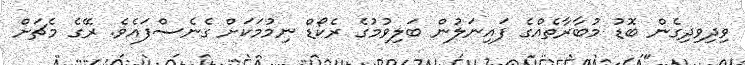
ވިދިވިދިގެން ބޮޑު މުބާރާތެއްގެ ފައިނަލުން ބަލިވުމުގެ ރެކޯޑް ނިމުމަކަށް ގެނެސްފައެވެ. ރޭގެ މެޗަށް